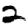
Digit: 2